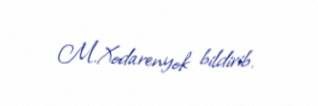
M.Xodarenyok bildirib.